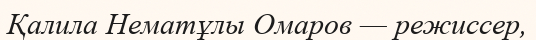
Қалила Нематұлы Омаров — режиссер,